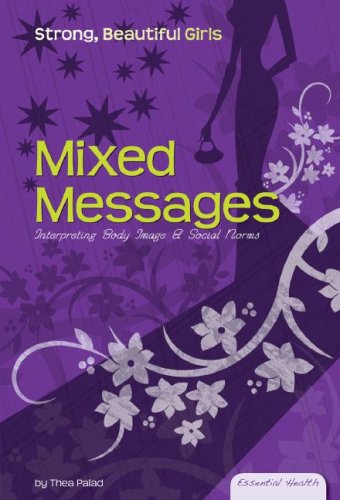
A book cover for Mixed Messages: Interpreting Body Image & Social Norms (Essential Health: Strong Beautiful Girls); Thea Palad; Teen & Young Adult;